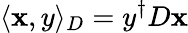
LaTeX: \langle\mathbf{x},y\rangle_{D}=y^{\dagger}D\mathbf{x}